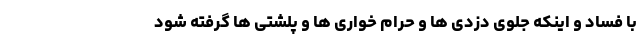
با فساد و اینکه جلوی دزدی ها و حرام خواری ها و پلشتی ها گرفته شود